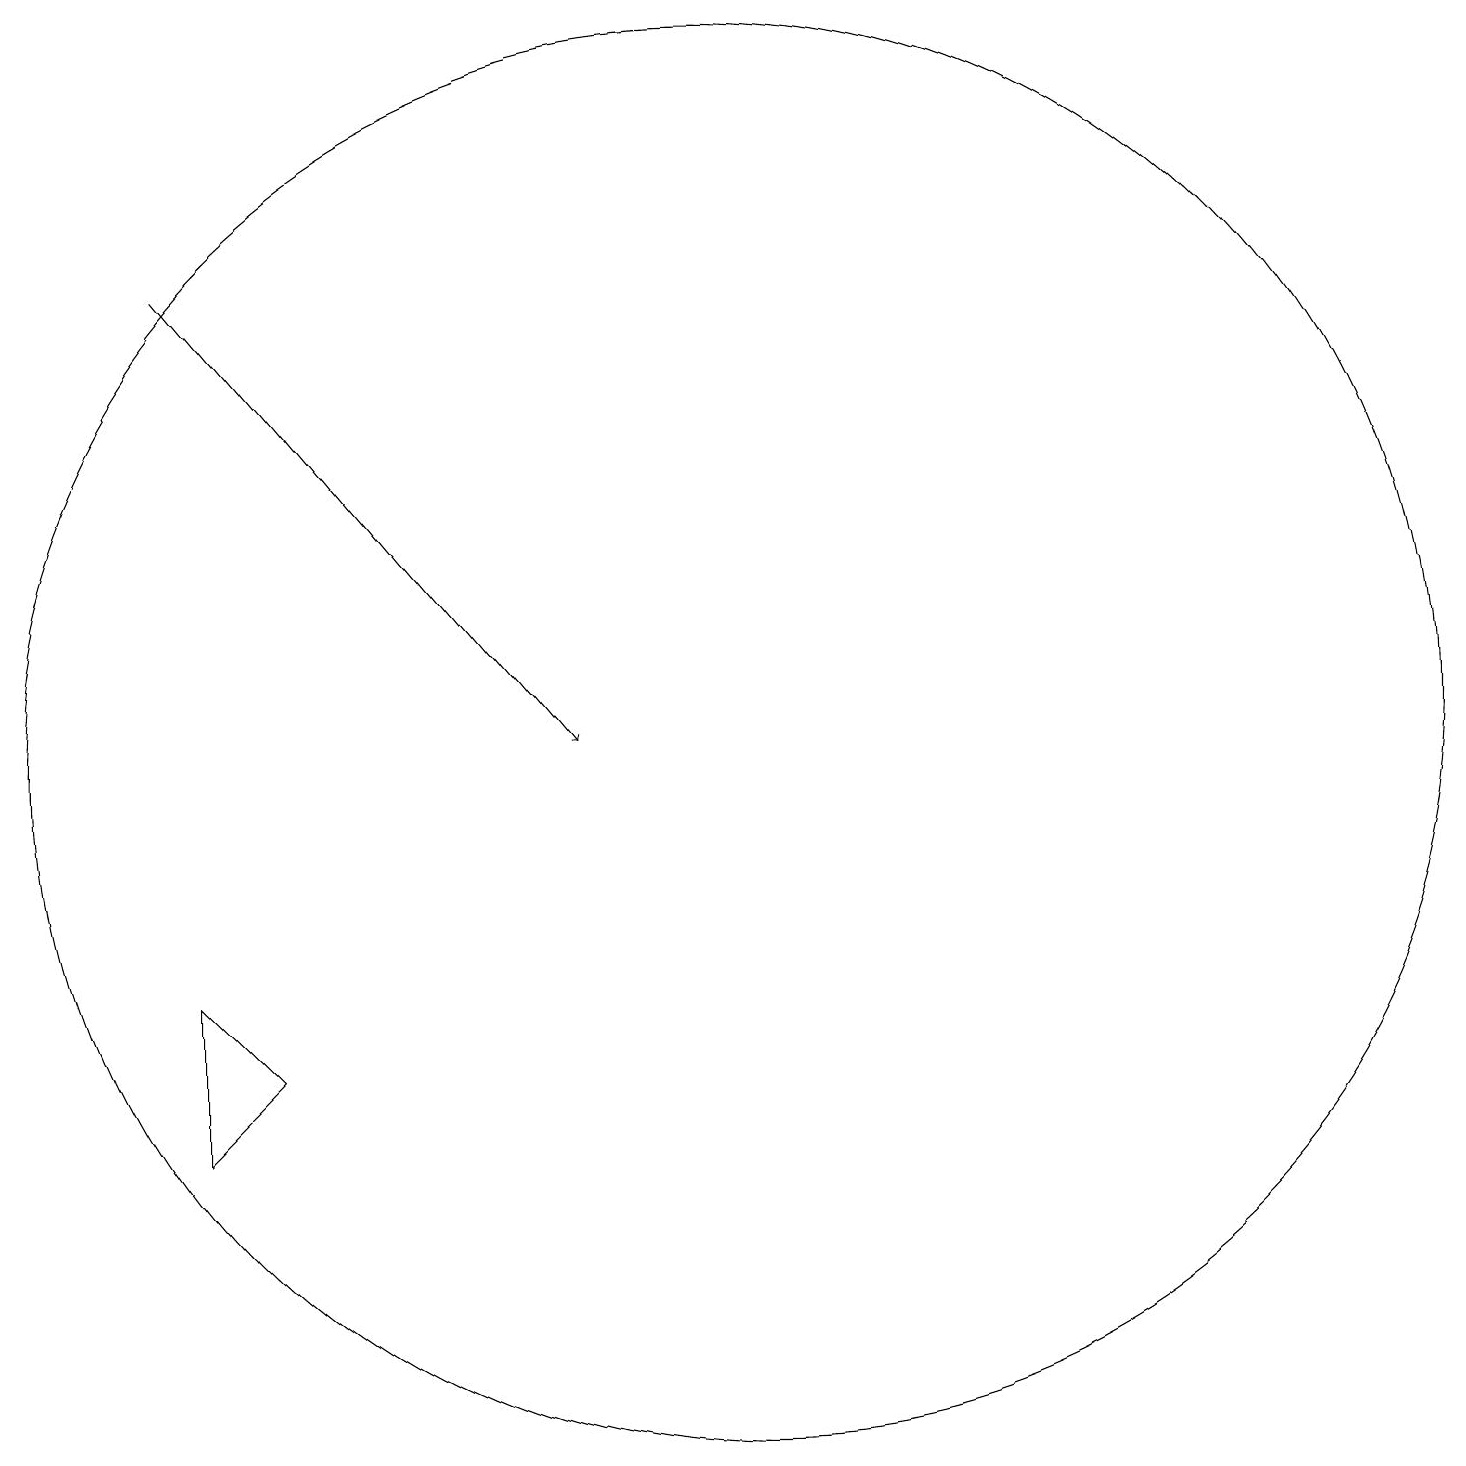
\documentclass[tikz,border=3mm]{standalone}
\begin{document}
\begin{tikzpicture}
\draw[->] (3,17) -- (8,11);
\draw (10,11) circle (9);
\draw (4,7) -- (3,6) -- (3,8) -- cycle;
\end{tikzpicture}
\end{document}